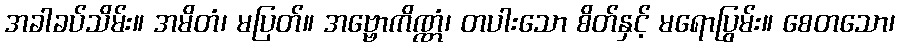
အခါခပ်သိမ်း။ အမိတံ၊ မပြတ်။ အဗ္ဗောကိဏ္ဏံ၊ တပါးသော စိတ်နှင့် မရောပြွမ်း။ စေတသော၊